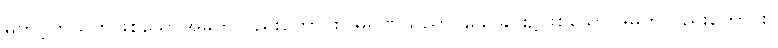
မတင့်တယ်ဟုဖြစ်သောအမှတ်လည်းကောင်း။ မရဏသညာ၊ သေခြင်း၌ဖြစ်သောအမှတ်လည်းကောင်း။